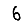
Digit: 6